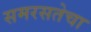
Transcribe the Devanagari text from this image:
समरसतेचा